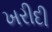
ખરીદી